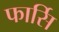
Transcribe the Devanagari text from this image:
फार्सि